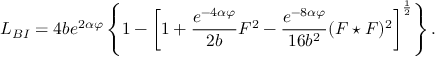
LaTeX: { \cal L } _ { B I } = 4 b e ^ { 2 \alpha \varphi } \left\{ 1 - \left[ 1 + \frac { e ^ { - 4 \alpha \varphi } } { 2 b } F ^ { 2 } - \frac { e ^ { - 8 \alpha \varphi } } { 1 6 b ^ { 2 } } ( F \star F ) ^ { 2 } \right] ^ { \frac { 1 } { 2 } } \right\} .